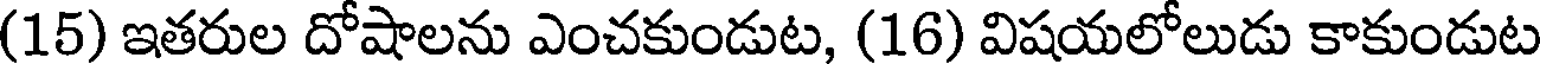
(15) ఇతరుల దోషాలను ఎంచకుండుట, (16) విషయలోలుడు కాకుండుట